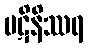
ပဋိနိဿရ